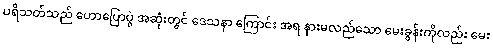
ပရိသတ်သည် ဟောပြောပွဲ အဆုံးတွင် ဒေသနာ ကြောင်း အရ နားမလည်သော မေးခွန်းကိုလည်း မေး